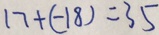
1 7 + ( - 1 8 ) = 3 5